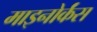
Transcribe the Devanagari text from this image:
माइनोर्कंस